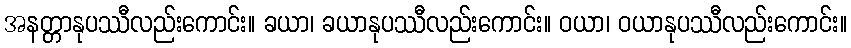
အနတ္တာနုပဿီလည်းကောင်း။ ခယာ၊ ခယာနုပဿီလည်းကောင်း။ ဝယာ၊ ဝယာနုပဿီလည်းကောင်း။